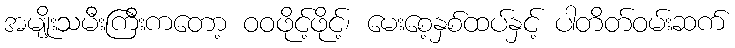
အမျိုးသမီးကြီးကတော့ ဝဝဖိုင့်ဖိုင့်၊ မေးစေ့နှစ်ထပ်နှင့် ပါတိတ်ဝမ်းဆက်